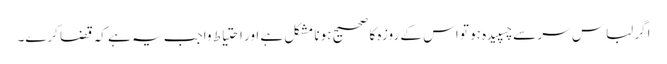
اگر لباس سر سے چسپیدہ ہو تو اس کے روزہ کا صحیح ہونا مشکل ہے اور احتیاط واجب یہ ہے کہ قضا کرے۔